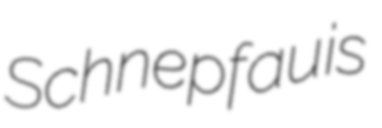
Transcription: Schnepfau is